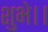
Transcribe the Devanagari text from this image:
शुभे।।